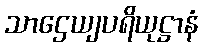
သာဌေယျပရိယုဋ္ဌာနံ